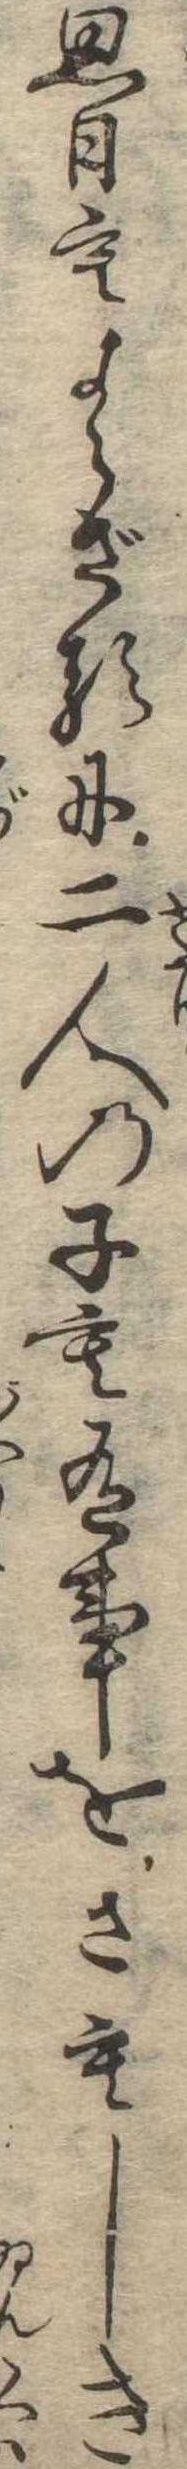
思ひもよらざるに二人の子も有事をさもしき